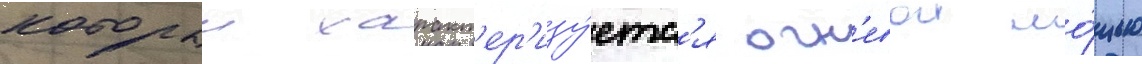
которыи характ'ер'изу́етс'я огн'евои мо́щью